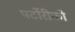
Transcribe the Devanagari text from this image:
पर्टोरीको